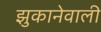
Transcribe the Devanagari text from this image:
झुकानेवाली